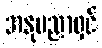
အနုပညာရှင်